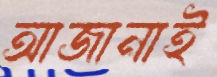
আজানাই